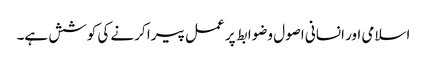
اسلامی اور انسانی اصول وضوابط پر عمل پیرا کرنے کی کوشش ہے۔